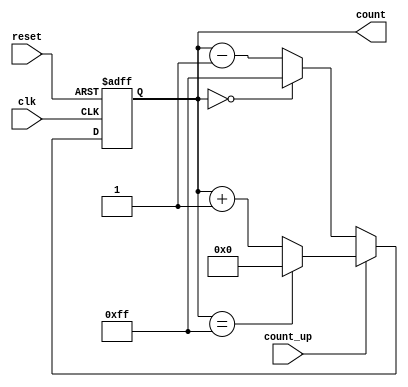
module multi_bit_counter #(
    parameter N = 8  // Bit width of the counter (default is 8 bits)
) (
    input wire clk,          // Clock signal
    input wire reset,        // Asynchronous reset signal
    input wire count_up,     // Control signal for counting direction
    output reg [N-1:0] count // N-bit counter output
);

    // Maximum value the counter can hold
    localparam MAX_COUNT = (1 << N) - 1; // 2^N - 1

    // Asynchronous reset and counting on clock edge
    always @(posedge clk or posedge reset) begin
        if (reset) begin
            count <= 0; // Reset the counter to 0
        end else begin
            if (count_up) begin
                // Increment logic with wrap around
                if (count == MAX_COUNT) begin
                    count <= 0; // Wrap around to 0
                end else begin
                    count <= count + 1; // Increment counter
                end
            end else begin
                // Decrement logic with wrap around
                if (count == 0) begin
                    count <= MAX_COUNT; // Wrap around to max value
                end else begin
                    count <= count - 1; // Decrement counter
                end
            end
        end
    end

endmodule